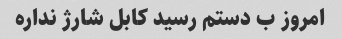
امروز ب دستم رسید کابل شارژ نداره